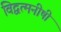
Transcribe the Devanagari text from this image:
विद्वत्मनीषी